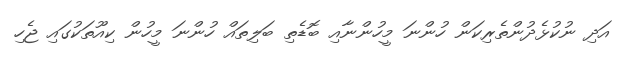
އަދި ނުކުޅެދުންތެރިކަން ހުންނަ މީހުންނާއި ބޮޑެތި ބަލިތައް ހުންނަ މީހުން ކިއޫތަކުގައި ޖެހި